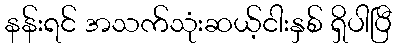
နန်းရင် အသက်သုံးဆယ့်ငါးနှစ် ရှိပါပြီ